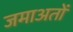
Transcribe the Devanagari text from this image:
जमाअतों